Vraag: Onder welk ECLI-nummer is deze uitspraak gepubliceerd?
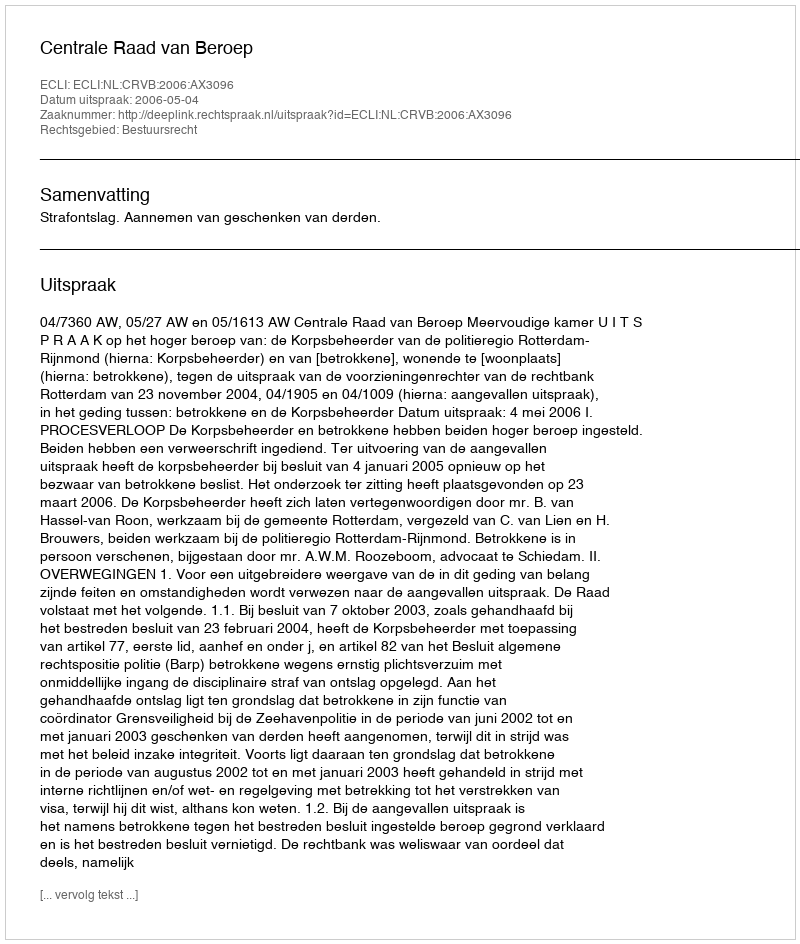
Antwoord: ECLI:NL:CRVB:2006:AX3096